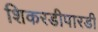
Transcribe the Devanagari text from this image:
शिकरडीपारडी